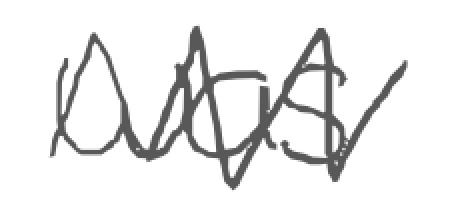
Text: was
Cross-out: zig-zag
Writing tool: digital_gray